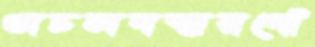
অচলবস্থারপোঁ